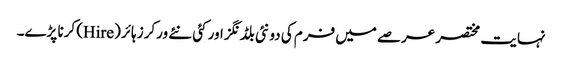
نہایت مختصر عرصے میں فرم کی دو نئی بلڈنگز اور کئی نئے ورکرز ہائر (Hire) کرنا پڑے۔